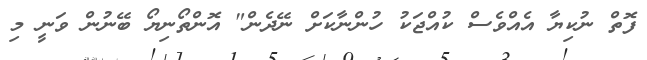
ފޮތް ނުކިޔާ އެެއްވެސް ކުއްޖަކު ހުންނާކަށް ނޭދެން" އޮންތޯނިޔޯ ބޭނުން ވަނީ މި